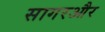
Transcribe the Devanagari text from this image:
सागरऔर